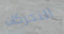
التحركات